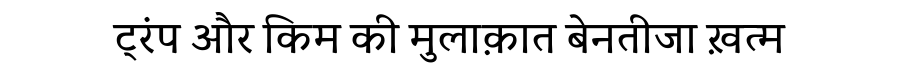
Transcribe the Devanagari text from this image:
ट्रंप और किम की मुलाक़ात बेनतीजा ख़त्म